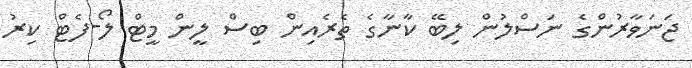
ޖަނަވާރުންގެ ނަސްލުން ލިބޭ ކާނާގެ ތެރެއިން ބިސް ލީން މީޓް ލޯ-ފެޓް ކިރު